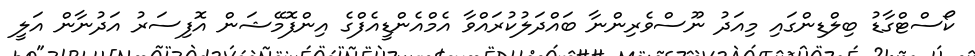
ކޯސްޓްގާޑު ބިލްޑިންގައި މިއަދު ނޫސްވެރިންނާ ބައްދަލުކުރައްވާ އެމްއެންޑީއެފްގެ އިންފޮމޭޝަން އޮފިސަރު އަދުނާން އަލީ